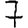
Digit: 7